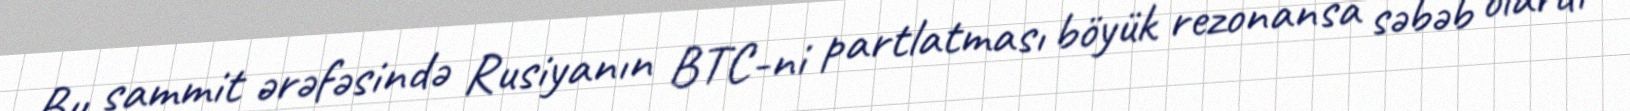
Bu sammit ərəfəsində Rusiyanın BTC-ni partlatması böyük rezonansa səbəb olardı